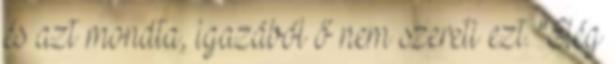
és azt mondta, igazából ő nem szereti ezt. "Elég